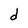
Character: d